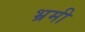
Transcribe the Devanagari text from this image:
भ्रमी